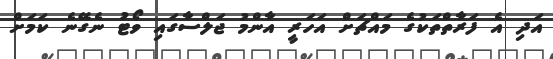
އަދި އެ ފަރާތްތަކުގެ މައްޗަށް އަހަރީ އާންމު ޖަލްސާގައި ވޯޓު ނެގޭނެ ކަމަށް